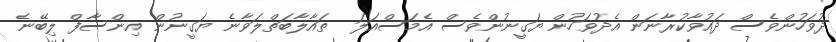
ދުވަހުންވެސް ދައުވާކުރާނަން އެދުވަހުން ޔަގީނުންވެސް އެމަސްއަލަ  ތައާލާބަތްލަވާނެ ޔަގީނުން އިންސާފް ލިބޭނެ